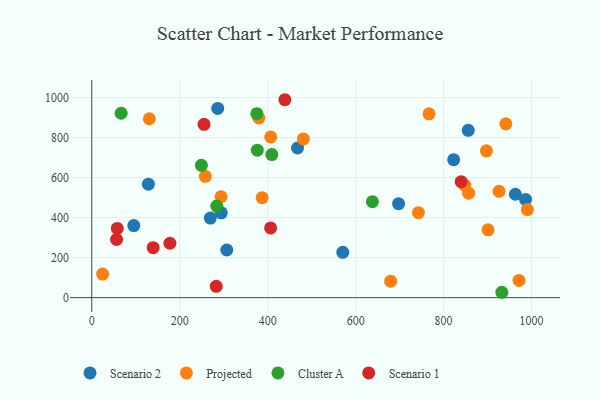
{"axis": {"x": "Investment", "y": "Exam Score"}, "legend": ["Cluster A", "Projected", "Scenario 1", "Scenario 2"], "data": [{"x": "269.5", "y": 397.4, "type": "Scenario 2"}, {"x": "307.0", "y": 238.1, "type": "Scenario 2"}, {"x": "128.7", "y": 566.7, "type": "Scenario 2"}, {"x": "570.8", "y": 226.6, "type": "Scenario 2"}, {"x": "963.2", "y": 516.7, "type": "Scenario 2"}, {"x": "95.6", "y": 359.9, "type": "Scenario 2"}, {"x": "822.9", "y": 689.3, "type": "Scenario 2"}, {"x": "697.6", "y": 469.4, "type": "Scenario 2"}, {"x": "986.3", "y": 490.9, "type": "Scenario 2"}, {"x": "286.4", "y": 945.3, "type": "Scenario 2"}, {"x": "467.8", "y": 747.6, "type": "Scenario 2"}, {"x": "856.0", "y": 835.9, "type": "Scenario 2"}, {"x": "294.5", "y": 423.6, "type": "Scenario 2"}, {"x": "24.7", "y": 117.7, "type": "Projected"}, {"x": "481.1", "y": 793.1, "type": "Projected"}, {"x": "258.2", "y": 606.0, "type": "Projected"}, {"x": "897.4", "y": 733.5, "type": "Projected"}, {"x": "926.0", "y": 531.7, "type": "Projected"}, {"x": "679.6", "y": 82.2, "type": "Projected"}, {"x": "848.0", "y": 562.1, "type": "Projected"}, {"x": "380.0", "y": 898.0, "type": "Projected"}, {"x": "856.9", "y": 522.1, "type": "Projected"}, {"x": "742.7", "y": 424.7, "type": "Projected"}, {"x": "387.4", "y": 499.7, "type": "Projected"}, {"x": "901.1", "y": 338.8, "type": "Projected"}, {"x": "406.9", "y": 803.2, "type": "Projected"}, {"x": "130.8", "y": 893.8, "type": "Projected"}, {"x": "971.5", "y": 86.0, "type": "Projected"}, {"x": "294.0", "y": 504.7, "type": "Projected"}, {"x": "941.5", "y": 868.6, "type": "Projected"}, {"x": "990.5", "y": 440.1, "type": "Projected"}, {"x": "766.8", "y": 918.5, "type": "Projected"}, {"x": "932.4", "y": 26.9, "type": "Cluster A"}, {"x": "375.3", "y": 919.2, "type": "Cluster A"}, {"x": "284.3", "y": 457.5, "type": "Cluster A"}, {"x": "409.5", "y": 714.6, "type": "Cluster A"}, {"x": "638.2", "y": 479.3, "type": "Cluster A"}, {"x": "249.3", "y": 661.0, "type": "Cluster A"}, {"x": "66.8", "y": 921.2, "type": "Cluster A"}, {"x": "376.4", "y": 736.9, "type": "Cluster A"}, {"x": "56.4", "y": 290.7, "type": "Scenario 1"}, {"x": "255.3", "y": 865.7, "type": "Scenario 1"}, {"x": "139.6", "y": 249.9, "type": "Scenario 1"}, {"x": "406.7", "y": 348.5, "type": "Scenario 1"}, {"x": "283.0", "y": 56.8, "type": "Scenario 1"}, {"x": "439.1", "y": 988.8, "type": "Scenario 1"}, {"x": "839.9", "y": 579.6, "type": "Scenario 1"}, {"x": "58.0", "y": 345.7, "type": "Scenario 1"}, {"x": "177.7", "y": 271.9, "type": "Scenario 1"}]}